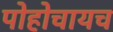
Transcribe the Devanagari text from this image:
पोहोचायच